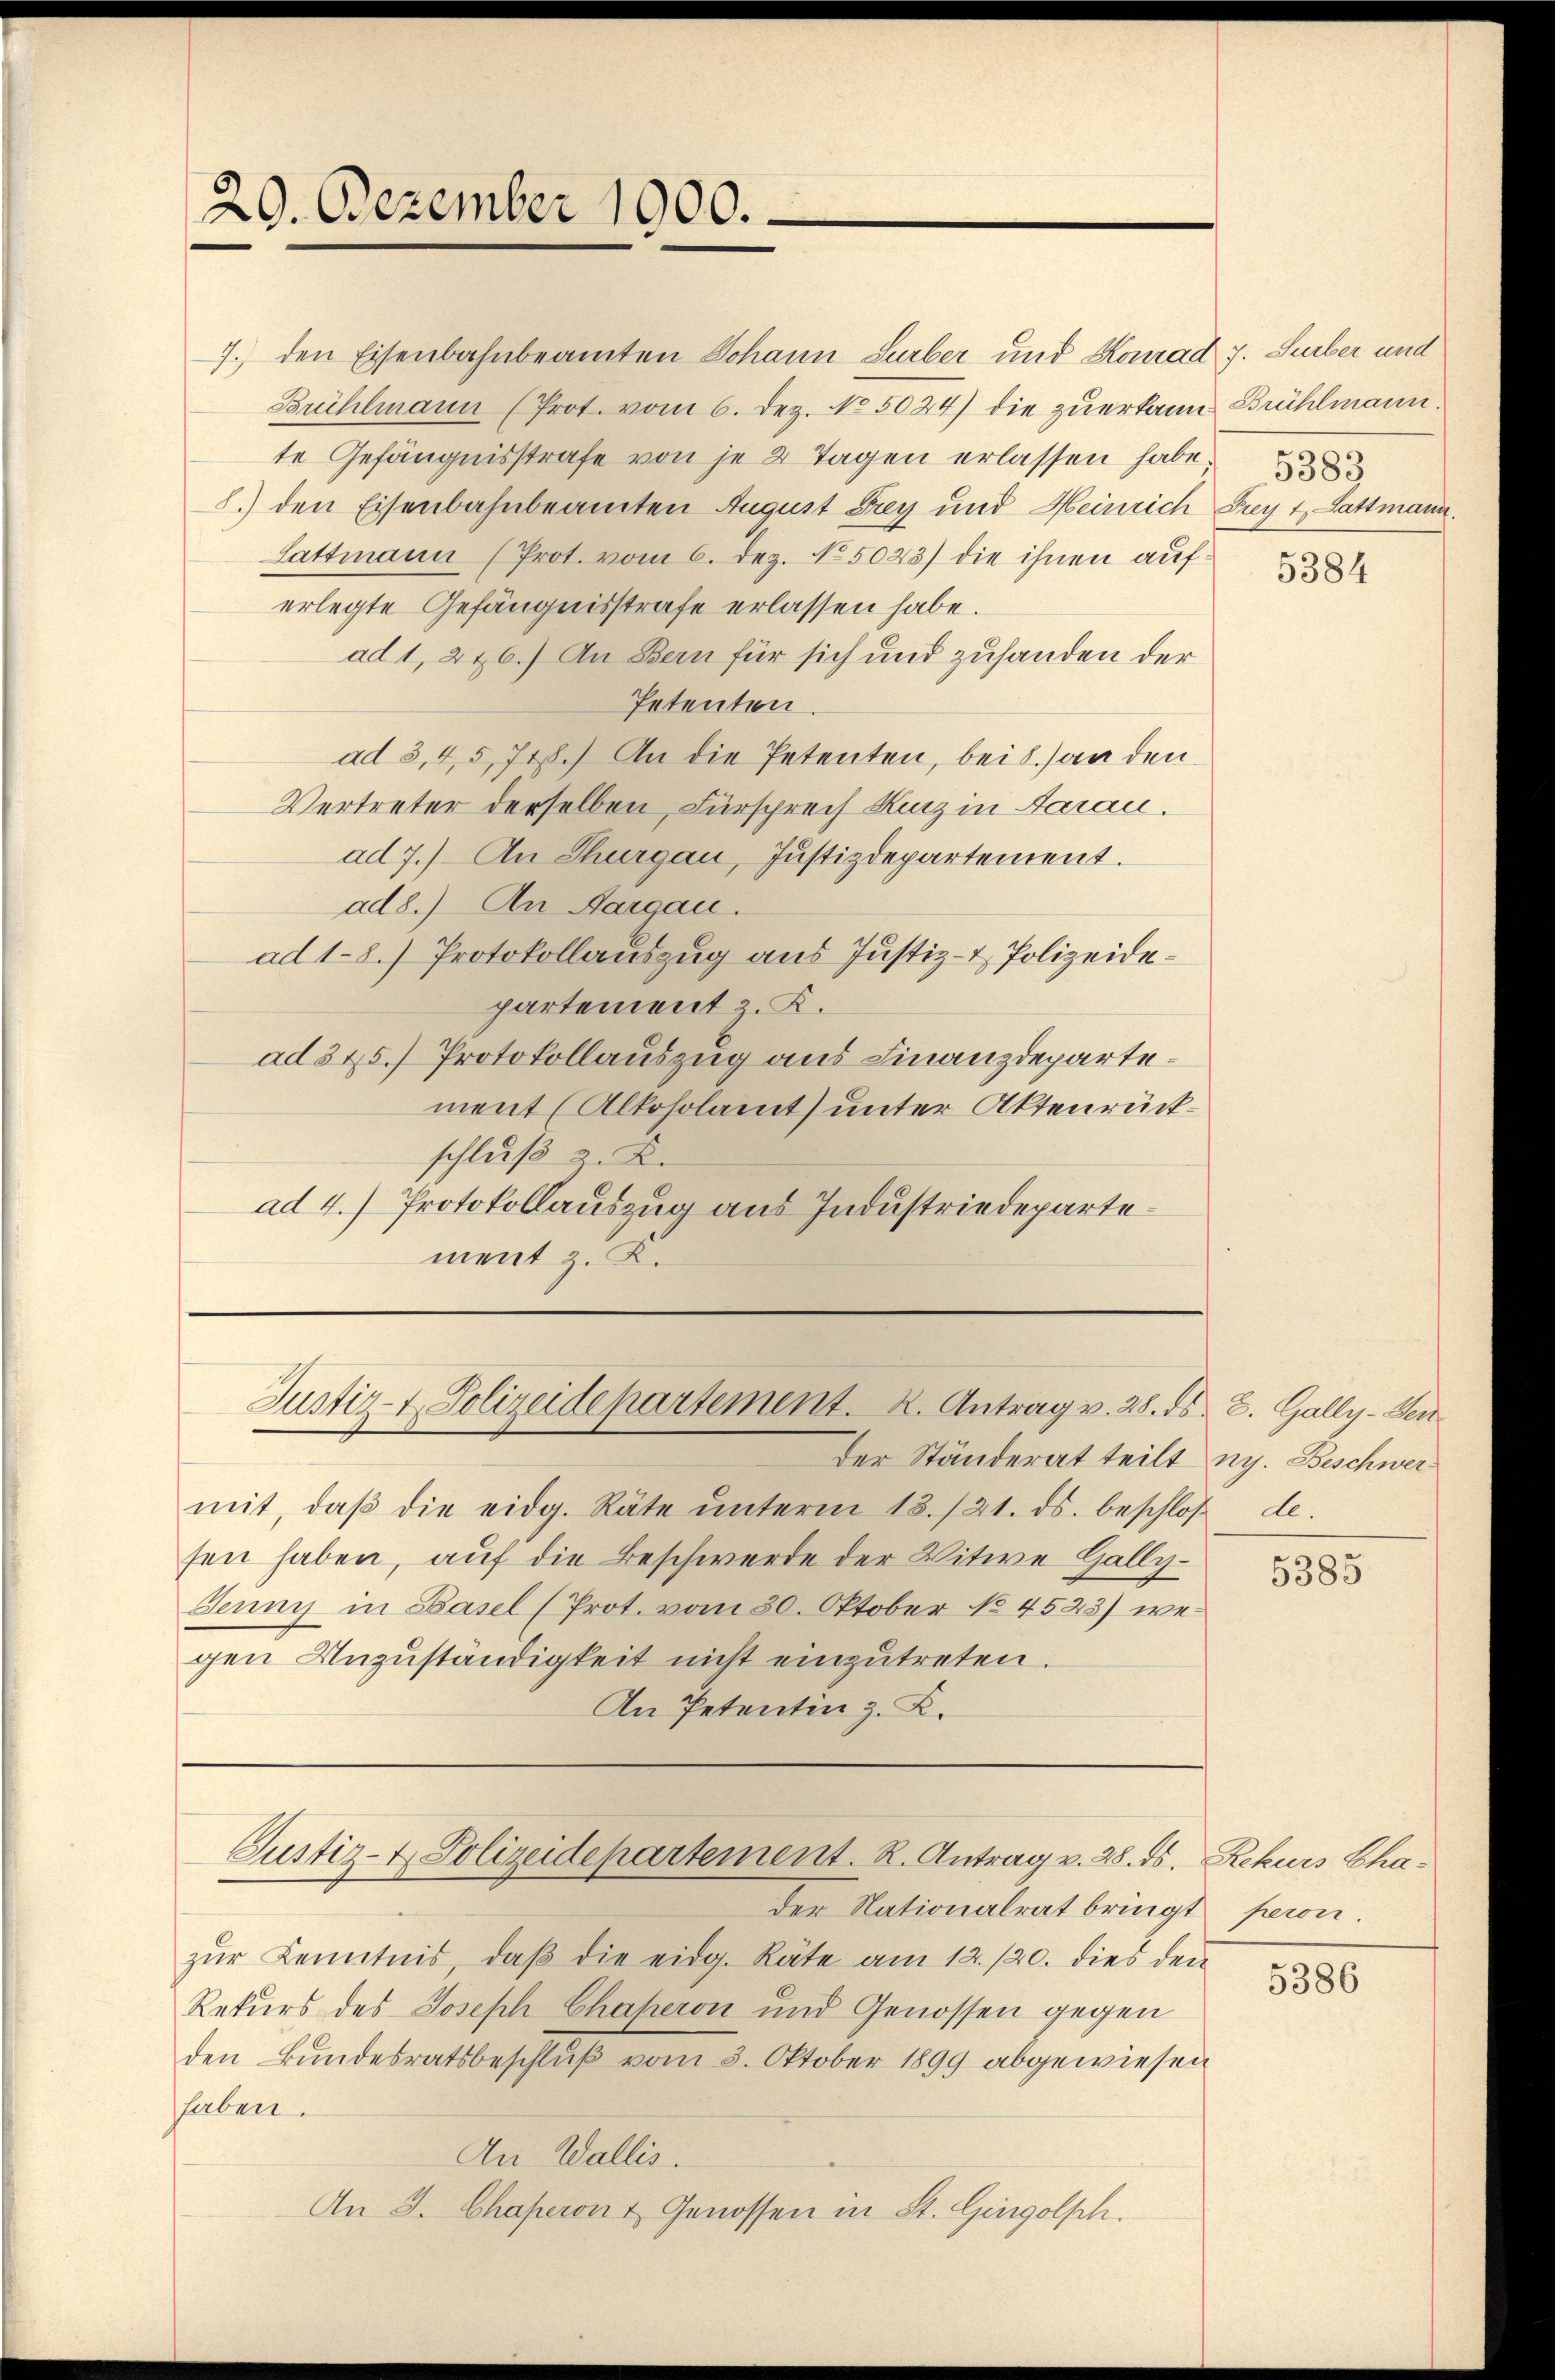
20. Dezember 1900.

7., den Eisenbahnbeamten Johann Surber und Konrad 7. Surber und
Brühlmann (Prot. vom 6. Dez. No5024) die zuerkannte Gefängnisstrafe von je 2 Tagen erlassen habe
l) den Eisenbahnbeamten August Drey und Heinrich Frey t. Lattmann
Lattmann (Prot. vom 6. Dez. No. 5023) die ihnen auferlegte Gefängnisstrafe erlassen habe.
ad 1, 2 & 6.) An Bern für sich und zuhanden der
Petenten
ad 3,4,5,718.) An die Petenten, bei 8.) an den
Vertreter derselben, Fürsprech Kunz in Aarau
ad 7.) An Thurgau, Justizdepartement.
ad8.) An Aargau.
ad 1-8.) Protokollauszug aus Justiz- & Polizeidepartement z. K.
ad 375.) Protokollauszug aus Finanzdepartement (Altosolamt unter Aktenrückschluß z. B.
ad 4.) Protokollauszug aus Industriedepartement z. K.

Der Ständerat teilt u. Beschwermit, daβ die eidg. Räte ŭnterm 13./21. ds. beschlos
sen haben, auf die Beschwerde der Witwe Gally¬
Jenny in Basel (Prot. vom 30. Oktober No. 4523) wegen Unzuständigkeit nicht einzutreten.
An Petentin z. B.

Justiz- & Polizeidepartement. K. Antrag v. 28. ds.

der Nationalrat bringt peron.
zŭr Kenntnis, daβ die eidg. Räte am 12./20. dies den
Rekurs des Joseph Chaheron und Genossen gegen
den Bundesratsbeschluß vom 3. Oktober 1899 abgewiesen
haben.
An Wallis.
An 3. Chaperon & Genossen in St. Gingolsch.

Justiz- & Polizeidepartement. R. Antrag v. 28. ds. Rekurs Cha-

Brühlmann.
5383

5384

Z. Gally-Sen
d.

5385

5386